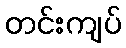
တင်းကျပ်